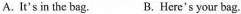
A.It's in the bag. B. Here's your bag.